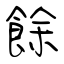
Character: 餘